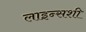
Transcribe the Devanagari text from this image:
लाइन्सशी